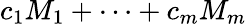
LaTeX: c_{1}M_{1}+\cdots+c_{m}M_{m}